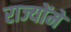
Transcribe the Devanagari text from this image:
राज्योंमें